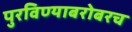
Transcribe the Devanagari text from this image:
पुरविण्याबरोबरच